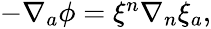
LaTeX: \begin{array}{r}{-\nabla_{a}\phi=\xi^{n}\nabla{}_{n}\xi_{a},}\end{array}